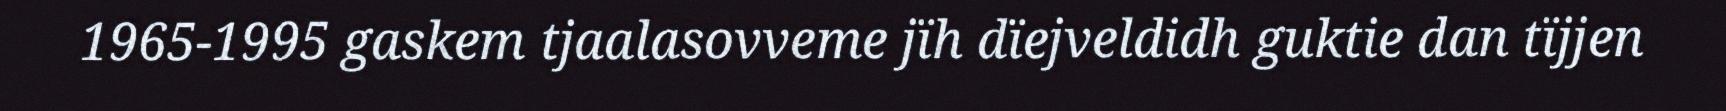
1965-1995 gaskem tjaalasovveme jïh dïejveldidh guktie dan tïjjen